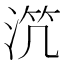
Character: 𣵸